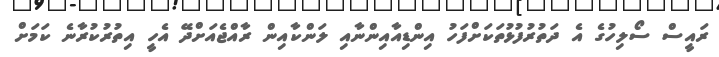
ރައީސް ސޯލިހުގެ އެ ދަތުރުފުޅުތަކަށްފަހު އިންޑިއާއިންނާއި ލަންކާއިން ރާއްޖެއަށްދޭ އެހީ އިތުރުކުރާނެ ކަމަށް